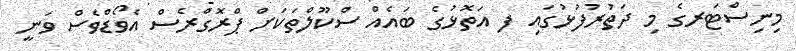
މިނިސްޓަރގެ މި ދަތުރުފުޅުގައި ފ އަތޮޅުގެ ބައެއް ސްކޫލްތަކަށް ޕްރޮގްރެސް އެވޯޑްވެސް ވަނީ